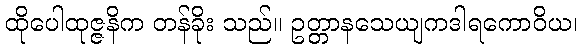
ထိုပေါထုဇ္ဇနိက တန်ခိုး သည်။ ဥတ္တာနသေယျကဒါရကောဝိယ၊